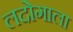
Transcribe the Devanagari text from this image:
लदोगाला